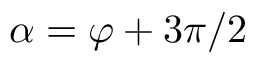
\alpha = \varphi + 3 \pi / 2